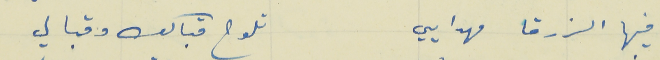
فيها الزرقا مهدايي                                            تلوح قبالك وقبالي